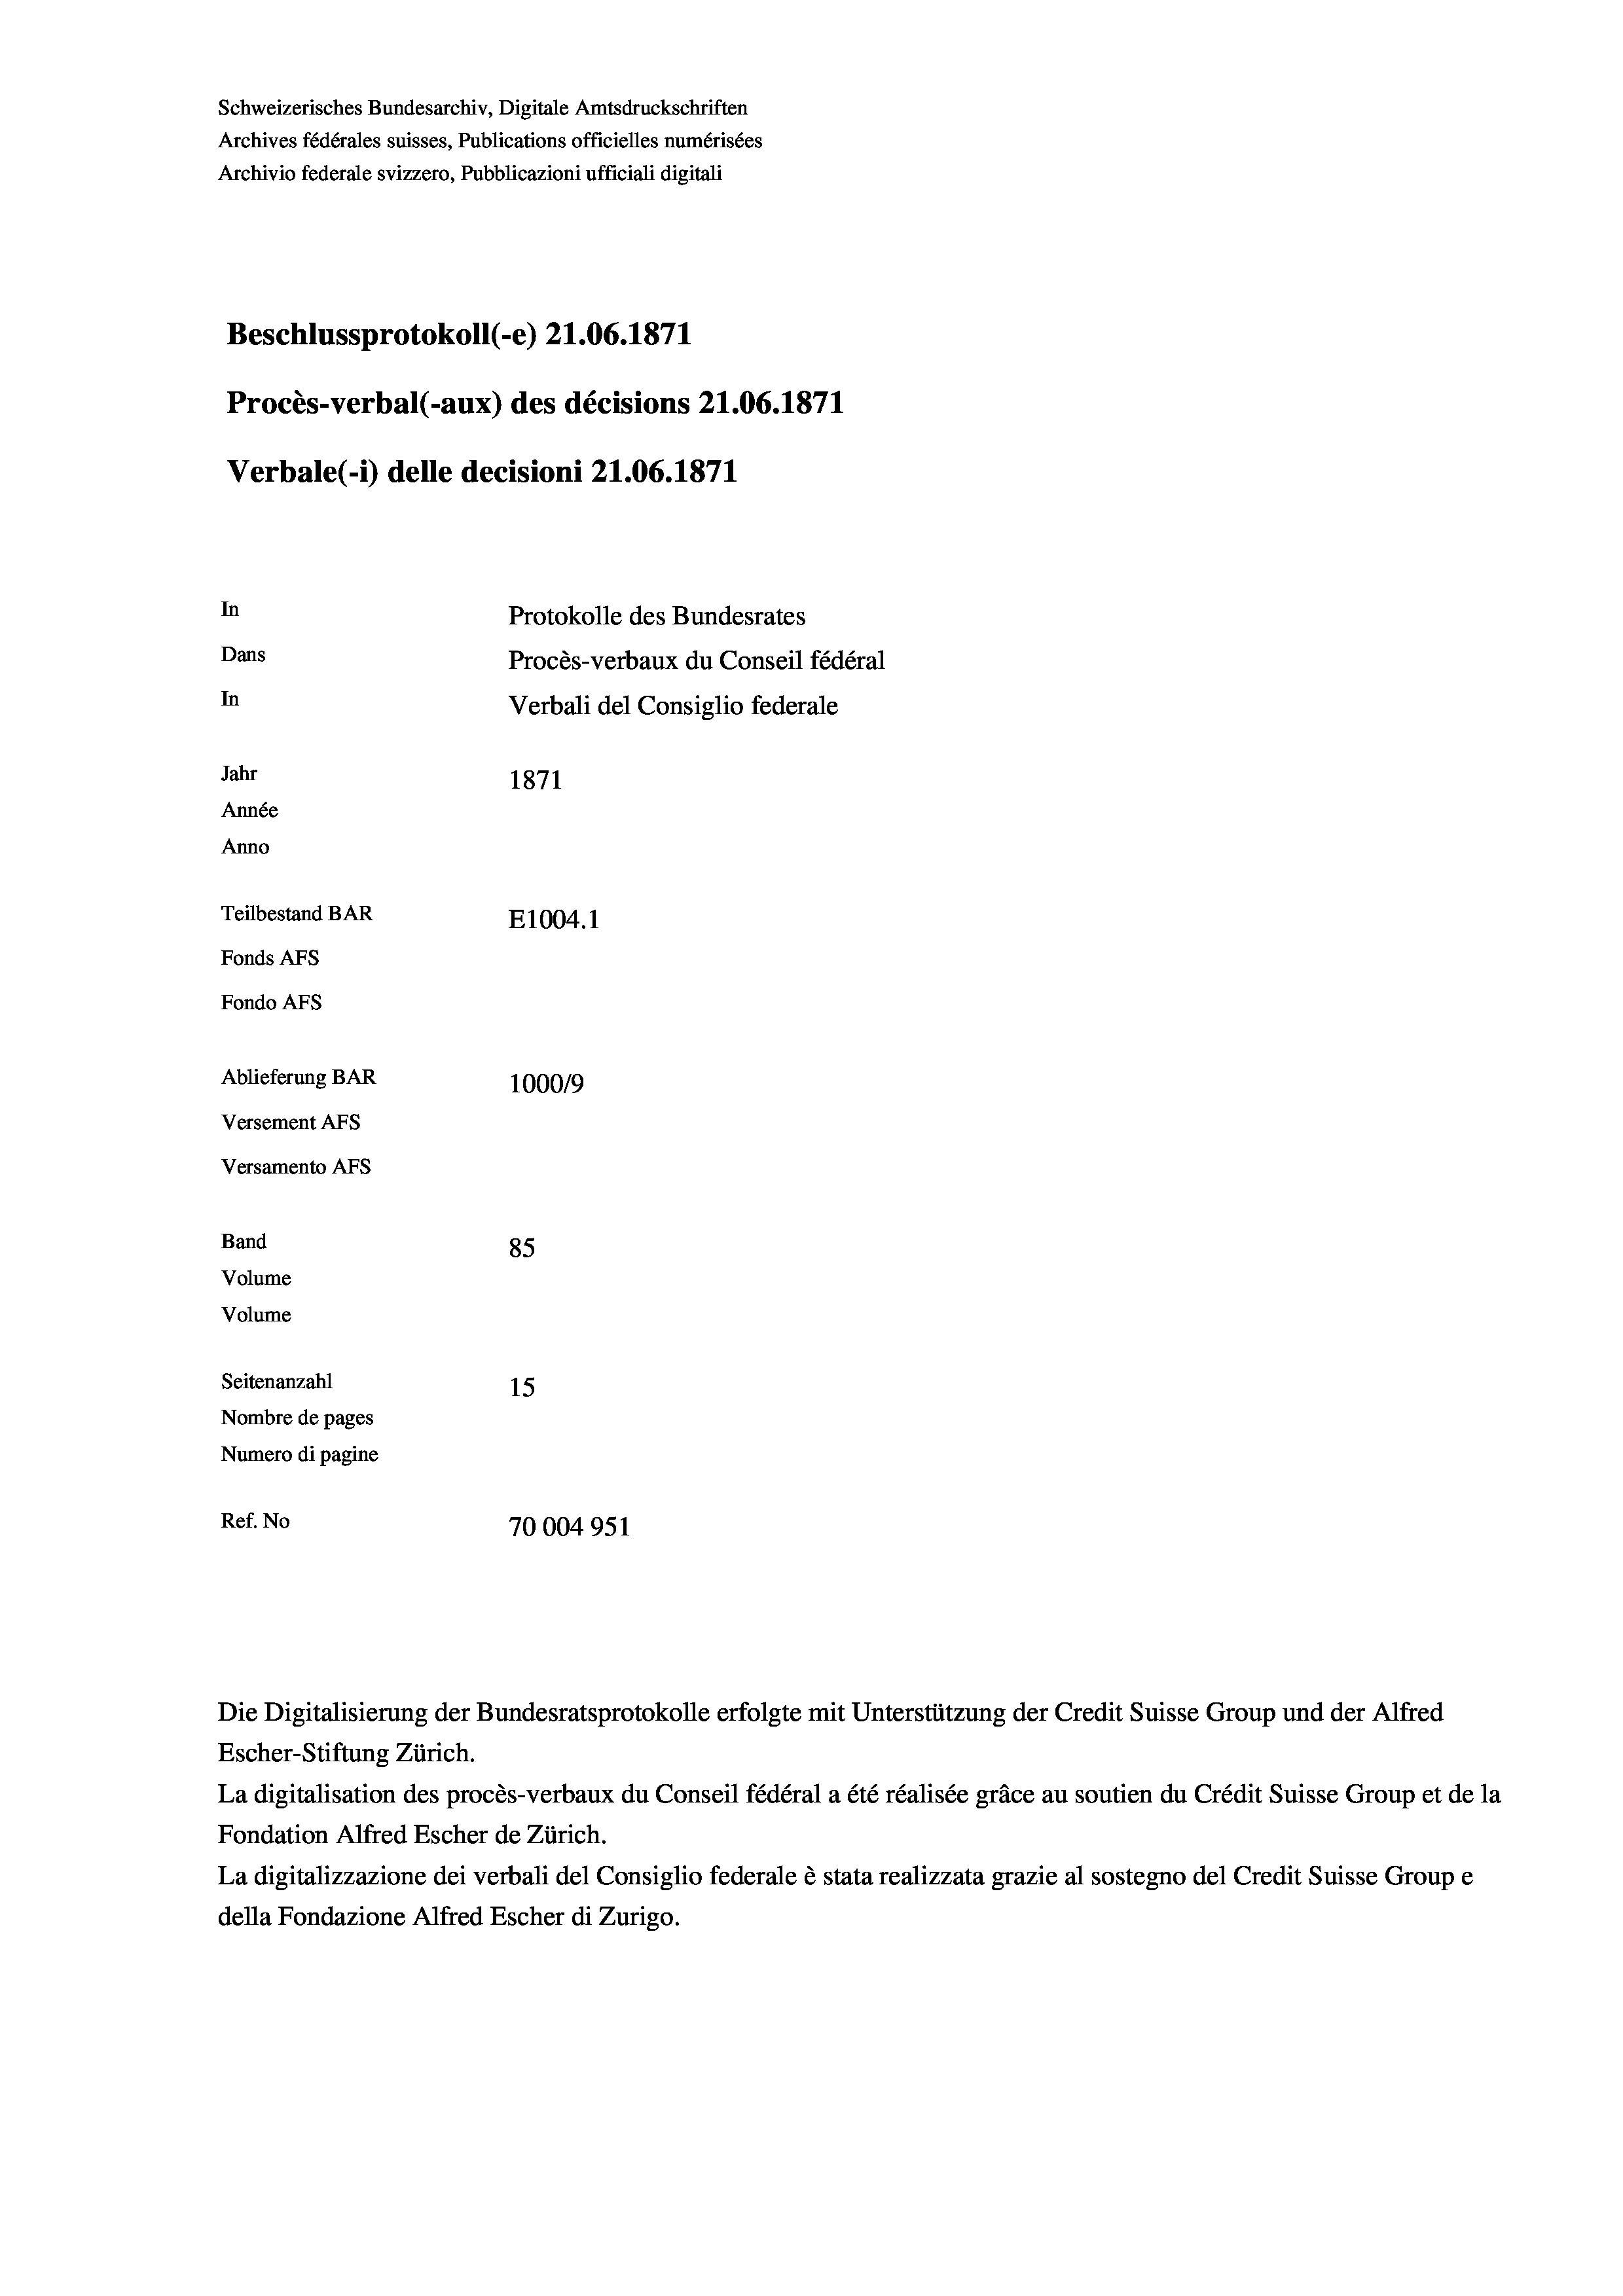
Schweizerisches Bundesarchiv, Digitale Amtsdruckschriften
Archives fédérales suisses, Publications officielles numérisées
Archivio federale svizzero, Pubblicazioni ufficiali digitali
Beschlussprotokoll (-e) 21.06. 1871
Procès-verbal (-aux) des décisions 21.06. 1871
Verbale(-*) delle decisioni 21.06. 1871
In
Protokolle des Bundesrates
Dans
Procès-verbaux du Conseil fédéral
In
Verbali del Consiglio federale
Jahr
1871
Année
Anno
Teilbestand BAR
E1004.1
Fonds AFs
Fondo AFs
Ablieferung BAR
100019
Versement AFS
Versamento Afs
Band
85
Volume
Volume
Seitenanzahl
15
Nombre de pages
Numero di pagine
Ref. No
70004951

Escher-Stiftung Zürich.
La digitalisation des procès-verbaux du Conseil fédéral a été réalisée gräce au soutien du Crédit Suisse Group et de la
Fondation Alfred Escher de Zürich.
La digitalizzazione dei verbali del Consiglio federale è stata realizzata grazie al sostegno del Credit Suisse Groupe
della Fondazione Alfred Escher di Zurigo.

Die Digitalisierung der Bundesratsprotokolle erfolgte mit Unterstützung der Credit Suisse Group und der Alfred